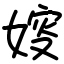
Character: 㛮